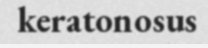
keratonosus